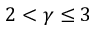
2 < \gamma \leq 3